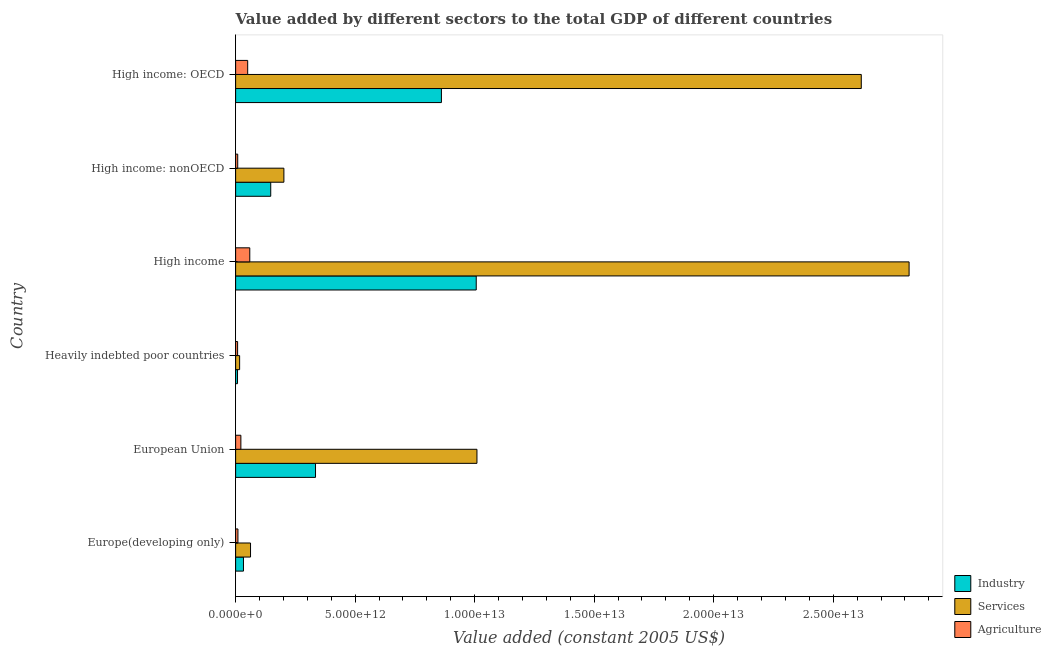
| Country | Industry | Services | Agriculture |
 | --- | --- | --- | --- |
 | Europe(developing only) | 3.29e+11 | 6.24e+11 | 9.71e+10 |
 | European Union | 3.34e+12 | 1.01e+13 | 2.2e+11 |
 | Heavily indebted poor countries | 7.92e+10 | 1.68e+11 | 8.35e+10 |
 | High income | 1.01e+13 | 2.82e+13 | 5.92e+11 |
 | High income: nonOECD | 1.47e+12 | 2.02e+12 | 8.76e+10 |
 | High income: OECD | 8.61e+12 | 2.62e+13 | 5.05e+11 |